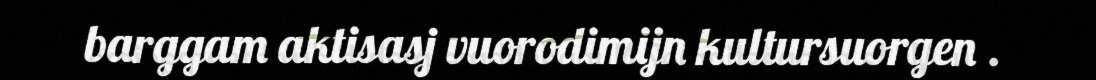
barggam aktisasj vuorodimijn kultursuorgen .